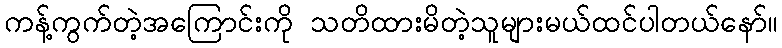
ကန့်ကွက်တဲ့အကြောင်းကို သတိထားမိတဲ့သူများမယ်ထင်ပါတယ်နော်။